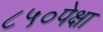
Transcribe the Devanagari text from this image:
८५०पेक्षा